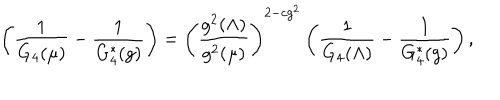
\left( \frac { 1 } { G _ { 4 } ( \mu ) } - \frac { 1 } { G _ { 4 } ^ { * } ( g ) } \right) = \left( \frac { g ^ { 2 } ( \Lambda ) } { g ^ { 2 } ( \mu ) } \right) ^ { 2 - c g ^ { 2 } } \left( \frac { 1 } { G _ { 4 } ( \Lambda ) } - \frac { 1 } { G _ { 4 } ^ { * } ( g ) } \right) ,